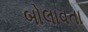
બોલાવતા